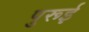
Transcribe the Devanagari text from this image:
पुरूई